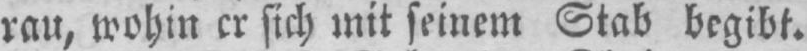
rau, wohin er sich mit seinem Stab begibt.